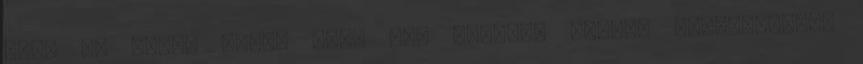
kész is lett, ennyi volt egy otthoni I-gate létrehozása.